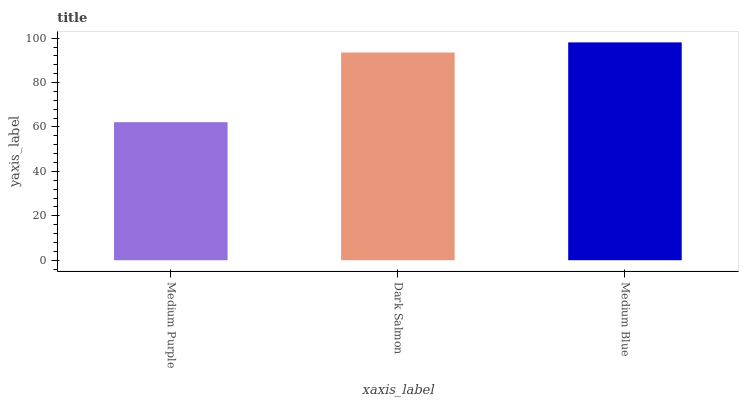
| xaxis_label | bars |
 | --- | --- |
 | Medium Purple | 62.2 |
 | Dark Salmon | 93.5 |
 | Medium Blue | 98.1 |